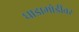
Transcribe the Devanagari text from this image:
घाडामोडींवर